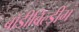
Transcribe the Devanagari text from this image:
बॉडीबिल्डींग